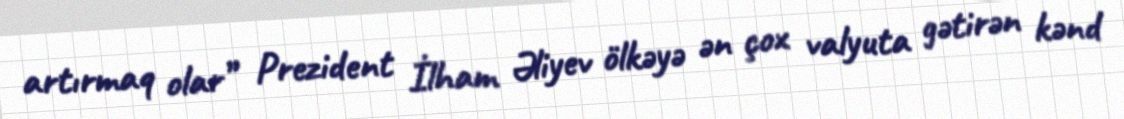
artırmaq olar” Prezident İlham Əliyev ölkəyə ən çox valyuta gətirən kənd